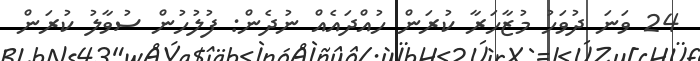
24 ވަނަ ދުވަހު މުޒާހަރާ ކުރަން ހުއްދައެއް ނުދެން: ފުލުހުން ސުވާލު ކުރަން